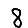
Digit: 8